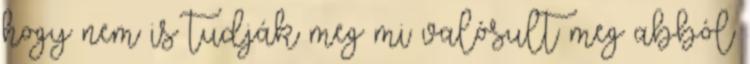
hogy nem is tudják meg mi valósult meg abból